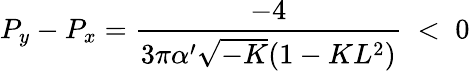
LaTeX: P_{y}-P_{x}=\frac{-4}{3\pi\alpha^{\prime}\sqrt{-K}(1-KL^{2})}\; <\; 0